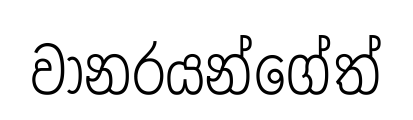
වානරයන්ගේත්